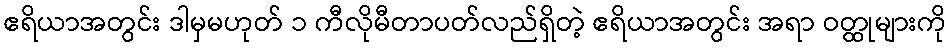
ဧရိယာအတွင်း ဒါမှမဟုတ် ၁ ကီလိုမီတာပတ်လည်ရှိတဲ့ ဧရိယာအတွင်း အရာ ဝတ္ထုများကို